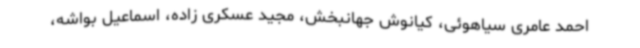
احمد عامری سیاهوئی، کیانوش جهانبخش، مجید عسکری زاده، اسماعیل بواشه،